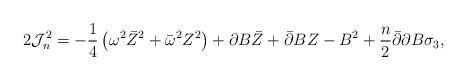
LaTeX: \begin{align*} 2{\cal J}^2_n= -\frac 14\left(\omega^2\bar Z^2+\bar\omega^2Z^2\right) +\partial B\bar Z+\bar\partial BZ - B^2 +\frac n2\bar\partial\partial B\sigma_3,\end{align*}